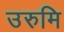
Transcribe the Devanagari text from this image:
उरुमि